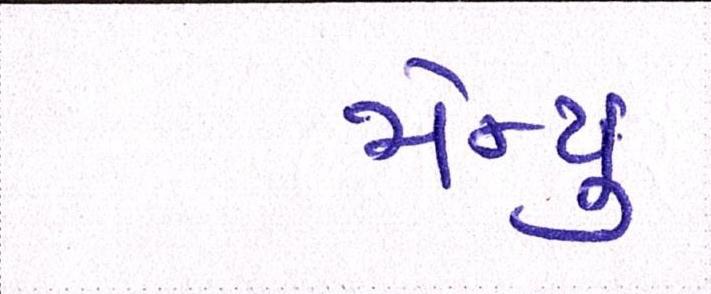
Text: મેન્યુ